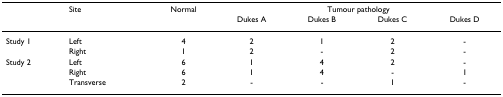
<table><thead><tr><td></td><td><b>Site</b></td><td><b>Normal</b></td><td colspan="4"><b>Tumour pathology</b></td></tr><tr><td></td><td></td><td></td><td><b>Dukes A</b></td><td><b>Dukes B</b></td><td><b>Dukes C</b></td><td><b>Dukes D</b></td></tr></thead><tbody><tr><td>Study 1</td><td>Left</td><td>4</td><td>2</td><td>1</td><td>2</td><td>-</td></tr><tr><td></td><td>Right</td><td>1</td><td>2</td><td>-</td><td>2</td><td>-</td></tr><tr><td>Study 2</td><td>Left</td><td>6</td><td>1</td><td>4</td><td>2</td><td>-</td></tr><tr><td></td><td>Right</td><td>6</td><td>1</td><td>4</td><td>-</td><td>1</td></tr><tr><td></td><td>Transverse</td><td>2</td><td>-</td><td>-</td><td>1</td><td>-</td></tr></tbody></table>